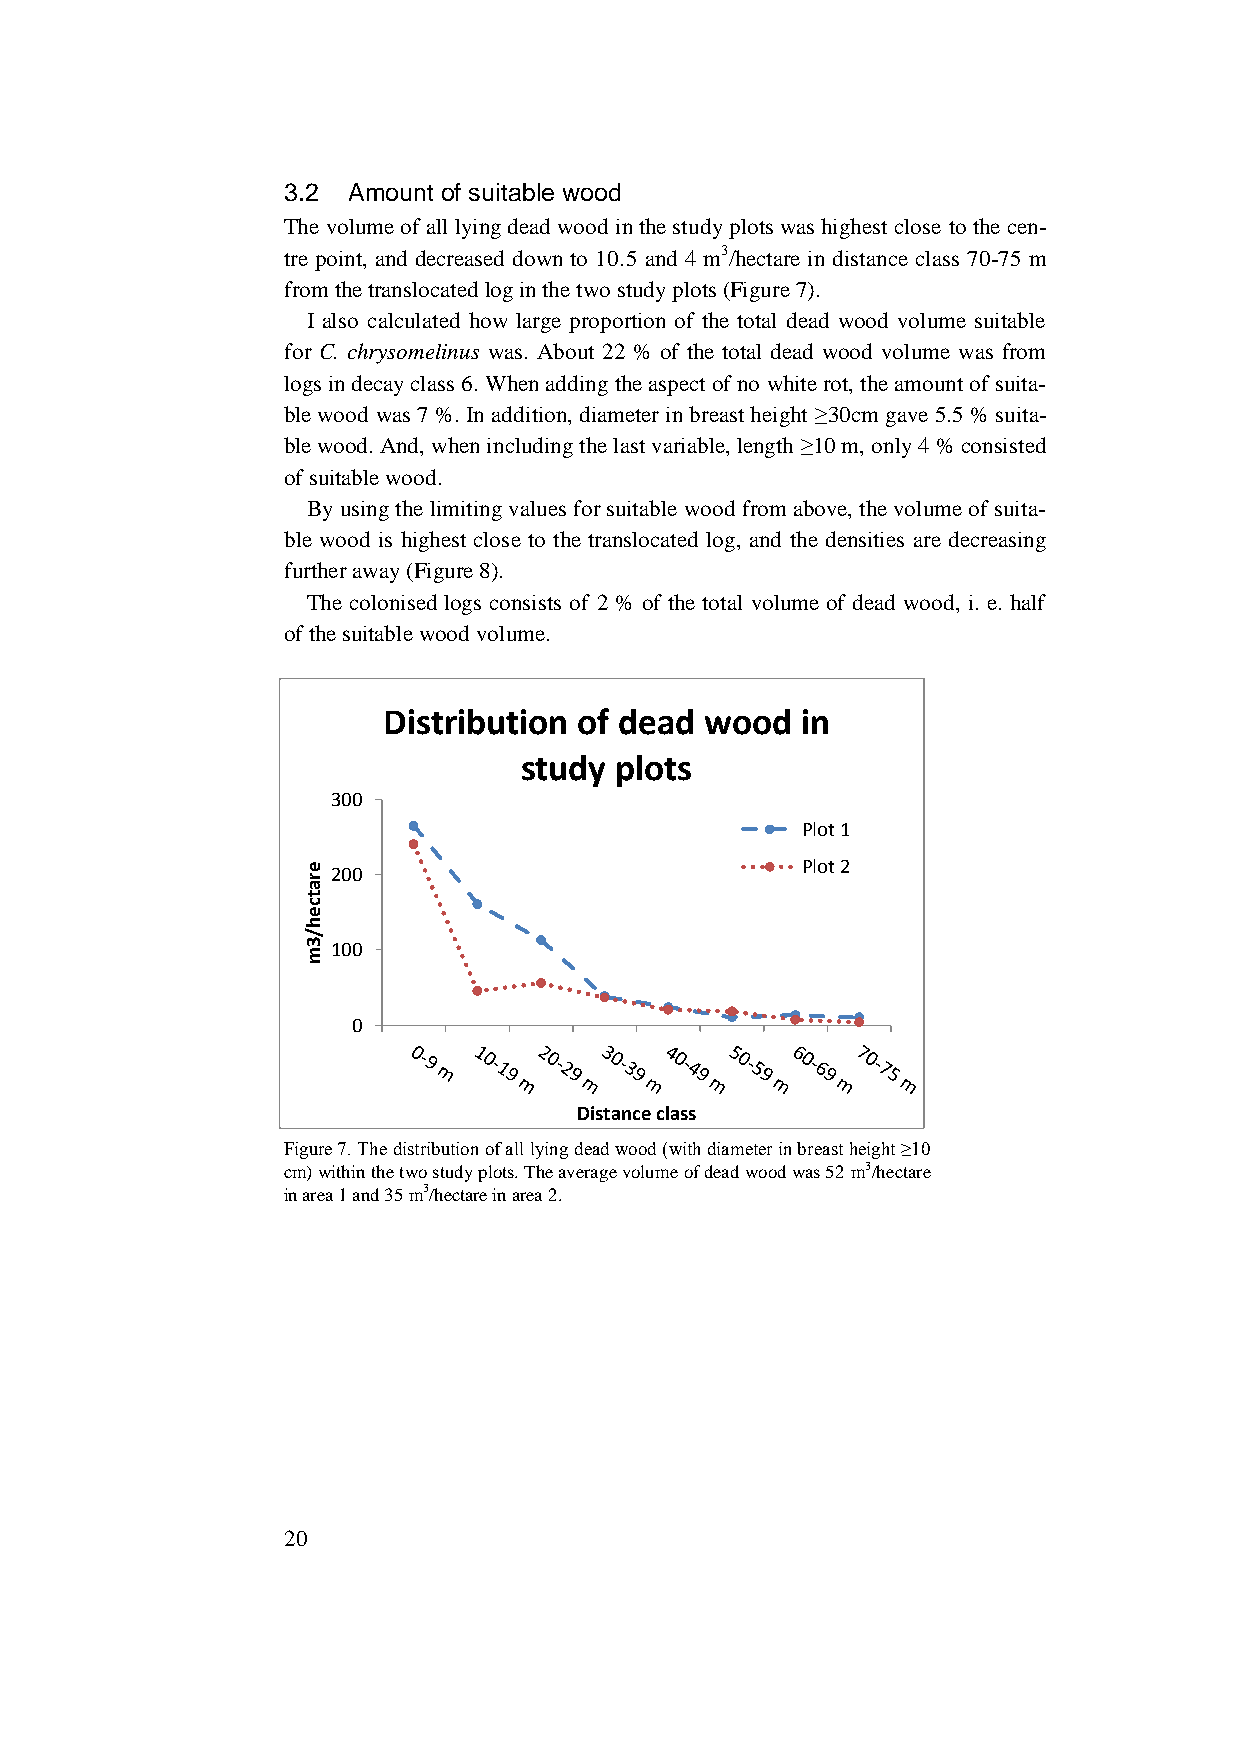
3.2 Amount of suitable wood
 The volume of all lying dead wood in the study plots was highest close to the cen-
 tre point, and decreased down to 10.5 and 4 m3/hectare in distance class 70-75 m
 from the translocated log in the two study plots (Figure 7).
 I also calculated how large proportion of the total dead wood volume suitable
 for C. chrysomelinus was. About 22 % of the total dead wood volume was from
 logs in decay class 6. When adding the aspect of no white rot, the amount of suita-
 ble wood was 7 %. In addition, diameter in breast height ≥30cm gave 5.5 % suita-
 ble wood. And, when including the last variable, length ≥10 m, only 4 % consisted
 of suitable wood.
 By using the limiting values for suitable wood from above, the volume of suita-
 ble wood is highest close to the translocated log, and the densities are decreasing
 further away (Figure 8).
 The colonised logs consists of 2 % of the total volume of dead wood, i. e. half
 of the suitable wood volume.
 Distribution of dead  wood  in
 study  plots
 300
 Plot 1
 e 200                            Plot 2
 r
 a
 t
 c
 e
 h
 /
 3 m 100
 0
 Distance class
 Figure 7. The distribution of all lying dead wood (with diameter in breast height ≥10
 cm) within the two study plots. The average volume of dead wood was 52 m3/hectare
 in area 1 and 35 m3/hectare in area 2.
 20